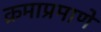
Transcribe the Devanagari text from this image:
क्रमाप्रमाणे